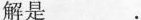
解是.